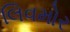
લિવમોર